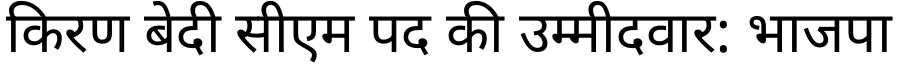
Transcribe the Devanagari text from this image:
किरण बेदी सीएम पद की उम्मीदवार: भाजपा